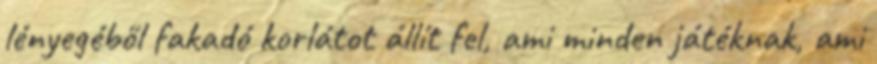
lényegéből fakadó korlátot állít fel, ami minden játéknak, ami